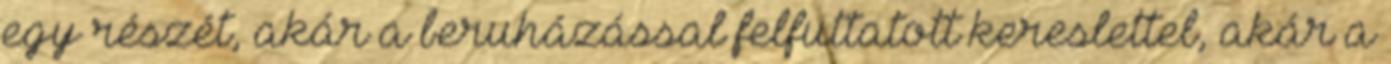
egy részét, akár a beruházással felfuttatott kereslettel, akár a